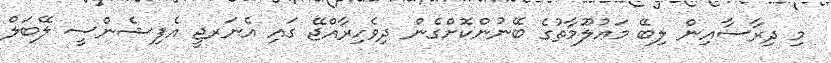
މި ދިރާސާއިން ލިބޭ މަޢުލޫމާތުގެ ބޭނުންކޮށްގެން ދިވެހިރާއްޖޭ ގައި އެނަރޖީ އެފިޝެންސީ ލޭބަލް